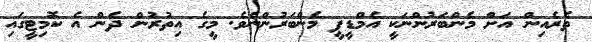
ތެރެއިން އަށް މެންބަރުންނަކީ އެމްޑީޕީ މެންބަރުންނެވެ. މީގެ އިތުރުން ދެން އެ ކޮމިޓީގައި